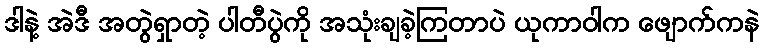
ဒါနဲ့ အဲဒီ အတွဲရှာတဲ့ ပါတီပွဲကို အသုံးချခဲ့ကြတာပဲ ယုကာဝါက ဖျောက်ကနဲ